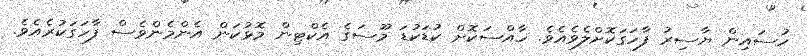
ހުސައިން ޔާސިރު ފާހަގަކޮށްލެވެއެވެ. ހާއްސަކޮށް ކުޑަކުޑަ މޫސަގެ އެކްޓިން މޮޅުކަން އެންމެންވެސް ފާހަގަކުރެއެވެ.